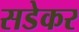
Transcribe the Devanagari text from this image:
सडेकर